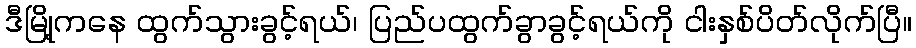
ဒီမြို့ကနေ ထွက်သွားခွင့်ရယ်၊ ပြည်ပထွက်ခွာခွင့်ရယ်ကို ငါးနှစ်ပိတ်လိုက်ပြီ။